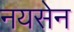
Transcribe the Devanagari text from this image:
नयसेन